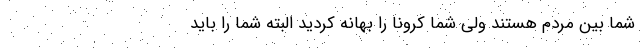
شما بین مردم هستند ولی شما کرونا را بهانه کردید البته شما را باید